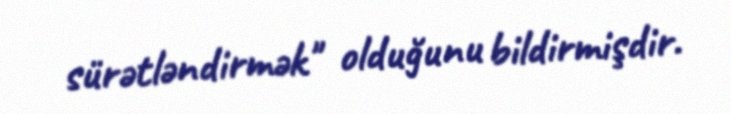
sürətləndirmək" olduğunu bildirmişdir.